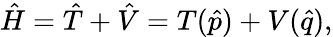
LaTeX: \hat{H}=\hat{T}+\hat{V}=T(\hat{p})+V(\hat{q}),